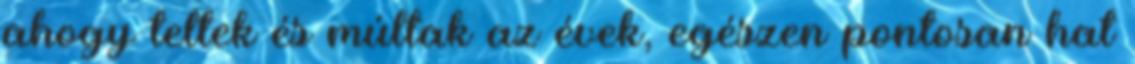
ahogy teltek és múltak az évek, egészen pontosan hat